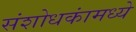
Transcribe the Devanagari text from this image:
संशोधकांमध्ये